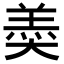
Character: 𡙡